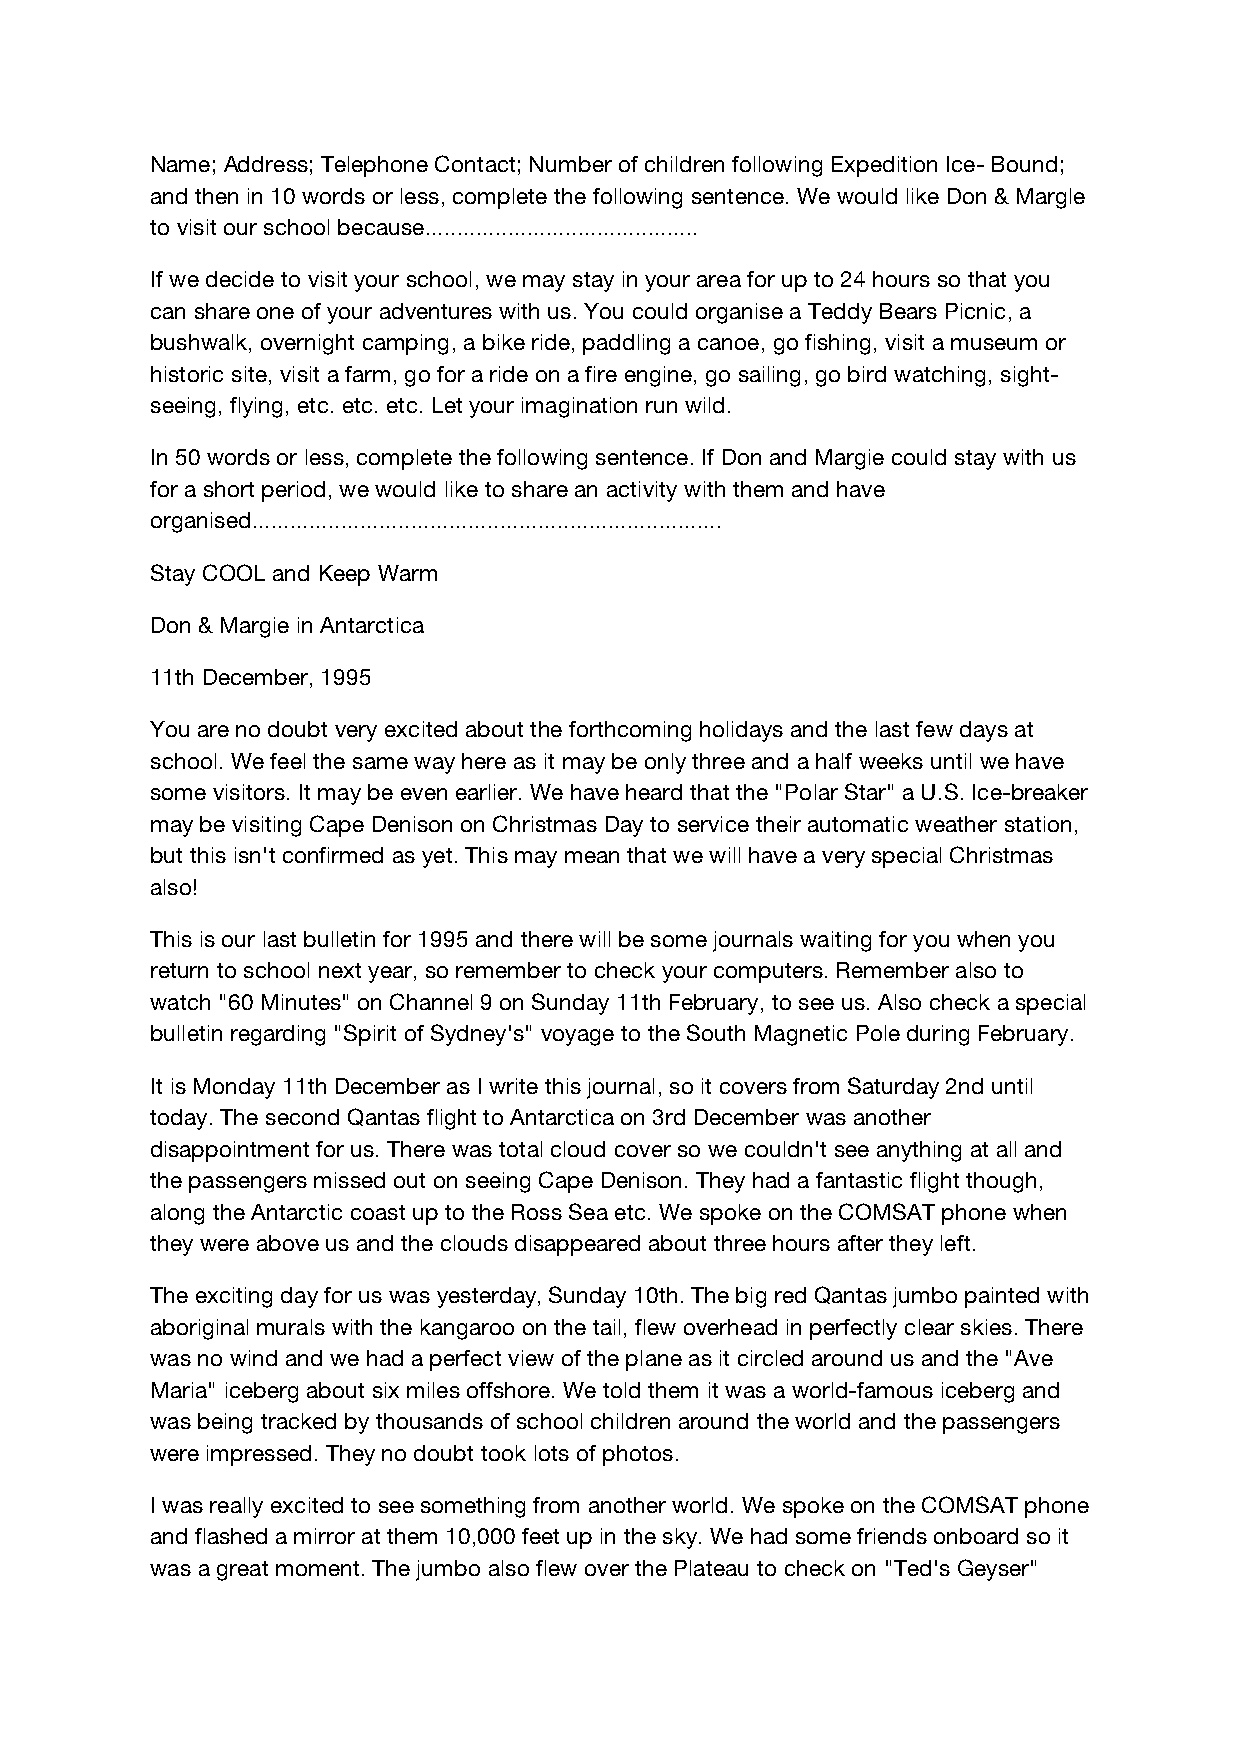
Name; Address; Telephone Contact; Number of children following Expedition Ice- Bound;
 and then in 10 words or less, complete the following sentence. We would like Don & Margle
 to visit our school because...........................................
 If we decide to visit your school, we may stay in your area for up to 24 hours so that you
 can share one of your adventures with us. You could organise a Teddy Bears Picnic, a
 bushwalk, overnight camping, a bike ride, paddling a canoe, go fishing, visit a museum or
 historic site, visit a farm, go for a ride on a fire engine, go sailing, go bird watching, sight-
 seeing, flying, etc. etc. etc. Let your imagination run wild.
 In 50 words or less, complete the following sentence. If Don and Margie could stay with us
 for a short period, we would like to share an activity with them and have
 organised..........................................................................
 Stay COOL and Keep Warm
 Don & Margie in Antarctica
 11th December, 1995
 You are no doubt very excited about the forthcoming holidays and the last few days at
 school. We feel the same way here as it may be only three and a half weeks until we have
 some visitors. It may be even earlier. We have heard that the "Polar Star" a U.S. Ice-breaker
 may be visiting Cape Denison on Christmas Day to service their automatic weather station,
 but this isn't confirmed as yet. This may mean that we will have a very special Christmas
 also!
 This is our last bulletin for 1995 and there will be some journals waiting for you when you
 return to school next year, so remember to check your computers. Remember also to
 watch "60 Minutes" on Channel 9 on Sunday 11th February, to see us. Also check a special
 bulletin regarding "Spirit of Sydney's" voyage to the South Magnetic Pole during February.
 It is Monday 11th December as I write this journal, so it covers from Saturday 2nd until
 today. The second Qantas flight to Antarctica on 3rd December was another
 disappointment for us. There was total cloud cover so we couldn't see anything at all and
 the passengers missed out on seeing Cape Denison. They had a fantastic flight though,
 along the Antarctic coast up to the Ross Sea etc. We spoke on the COMSAT phone when
 they were above us and the clouds disappeared about three hours after they left.
 The exciting day for us was yesterday, Sunday 10th. The big red Qantas jumbo painted with
 aboriginal murals with the kangaroo on the tail, flew overhead in perfectly clear skies. There
 was no wind and we had a perfect view of the plane as it circled around us and the "Ave
 Maria" iceberg about six miles offshore. We told them it was a world-famous iceberg and
 was being tracked by thousands of school children around the world and the passengers
 were impressed. They no doubt took lots of photos.
 I was really excited to see something from another world. We spoke on the COMSAT phone
 and flashed a mirror at them 10,000 feet up in the sky. We had some friends onboard so it
 was a great moment. The jumbo also flew over the Plateau to check on "Ted's Geyser"